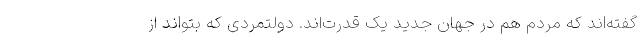
گفته‌اند که مردم هم در جهان جدید یک قدرت‌اند. دولتمردی که بتواند از